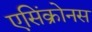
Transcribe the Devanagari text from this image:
एसिंक्रोनस